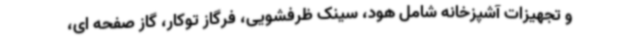
و تجهیزات آشپزخانه شامل هود، سینک ظرفشویی، فرگاز توکار، گاز صفحه ای،